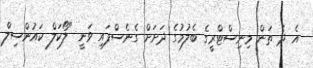
އެ ދެ ތަން މިނިސްޓްރީގެ ބެލުމުގެ ދަށަށް ގެނެސްފައި ވަނީ "ލޯކަލް ކައުންސިލް